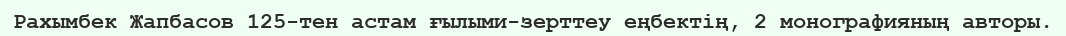
Рахымбек Жапбасов 125-тен астам ғылыми-зерттеу еңбектің, 2 монографияның авторы.